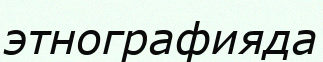
этнографияда